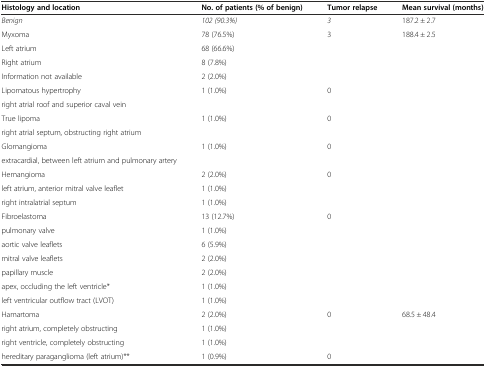
<table><thead><tr><td><b>Histology and location</b></td><td><b>No. of patients (% of benign)</b></td><td><b>Tumor relapse</b></td><td><b>Mean survival (months)</b></td></tr></thead><tbody><tr><td><i>Benign</i></td><td><i>102 (90.3%)</i></td><td><i>3</i></td><td>187.2 ± 2.7</td></tr><tr><td>Myxoma</td><td>78 (76.5%)</td><td>3</td><td>188.4 ± 2.5</td></tr><tr><td>Left atrium</td><td>68 (66.6%)</td><td></td><td></td></tr><tr><td>Right atrium</td><td>8 (7.8%)</td><td></td><td></td></tr><tr><td>Information not available</td><td>2 (2.0%)</td><td></td><td></td></tr><tr><td>Lipomatous hypertrophy</td><td>1 (1.0%)</td><td>0</td><td></td></tr><tr><td>right atrial roof and superior caval vein</td><td></td><td></td><td></td></tr><tr><td>True lipoma</td><td>1 (1.0%)</td><td>0</td><td></td></tr><tr><td>right atrial septum, obstructing right atrium</td><td></td><td></td><td></td></tr><tr><td>Glomangioma</td><td>1 (1.0%)</td><td>0</td><td></td></tr><tr><td>extracardial, between left atrium and pulmonary artery</td><td></td><td></td><td></td></tr><tr><td>Hemangioma</td><td>2 (2.0%)</td><td>0</td><td></td></tr><tr><td>left atrium, anterior mitral valve leaflet</td><td>1 (1.0%)</td><td></td><td></td></tr><tr><td>right intralatrial septum</td><td>1 (1.0%)</td><td></td><td></td></tr><tr><td>Fibroelastoma</td><td>13 (12.7%)</td><td>0</td><td></td></tr><tr><td>pulmonary valve</td><td>1 (1.0%)</td><td></td><td></td></tr><tr><td>aortic valve leaflets</td><td>6 (5.9%)</td><td></td><td></td></tr><tr><td>mitral valve leaflets</td><td>2 (2.0%)</td><td></td><td></td></tr><tr><td>papillary muscle</td><td>2 (2.0%)</td><td></td><td></td></tr><tr><td>apex, occluding the left ventricle*</td><td>1 (1.0%)</td><td></td><td></td></tr><tr><td>left ventricular outflow tract (LVOT)</td><td>1 (1.0%)</td><td></td><td></td></tr><tr><td>Hamartoma</td><td>2 (2.0%)</td><td>0</td><td>68.5 ± 48.4</td></tr><tr><td>right atrium, completely obstructing</td><td>1 (1.0%)</td><td></td><td></td></tr><tr><td>right ventricle, completely obstructing</td><td>1 (1.0%)</td><td></td><td></td></tr><tr><td>hereditary paraganglioma (left atrium)**</td><td>1 (0.9%)</td><td>0</td><td></td></tr></tbody></table>